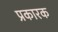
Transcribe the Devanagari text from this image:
प्रकारक